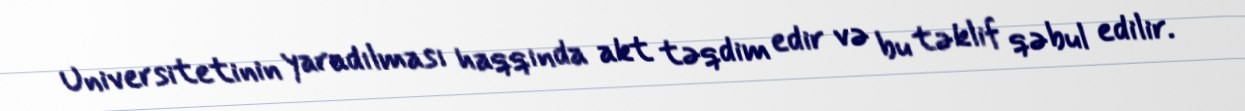
Universitetinin yaradılması haqqında akt təqdim edir və bu təklif qəbul edilir.